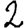
Digit: 2